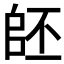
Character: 𠃂